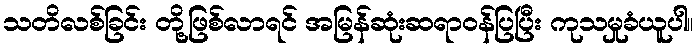
သတိလစ်ခြင်း တို့ဖြစ်လာရင် အမြန်ဆုံးဆရာဝန်ပြပြီး ကုသမှုခံယူပါ။